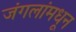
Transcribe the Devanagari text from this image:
जंगलांमधून